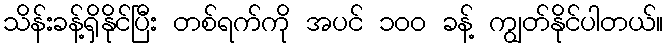
သိန်းခန့်ရှိနိုင်ပြီး တစ်ရက်ကို အပင် ၁၀၀ ခန့် ကျွတ်နိုင်ပါတယ်။